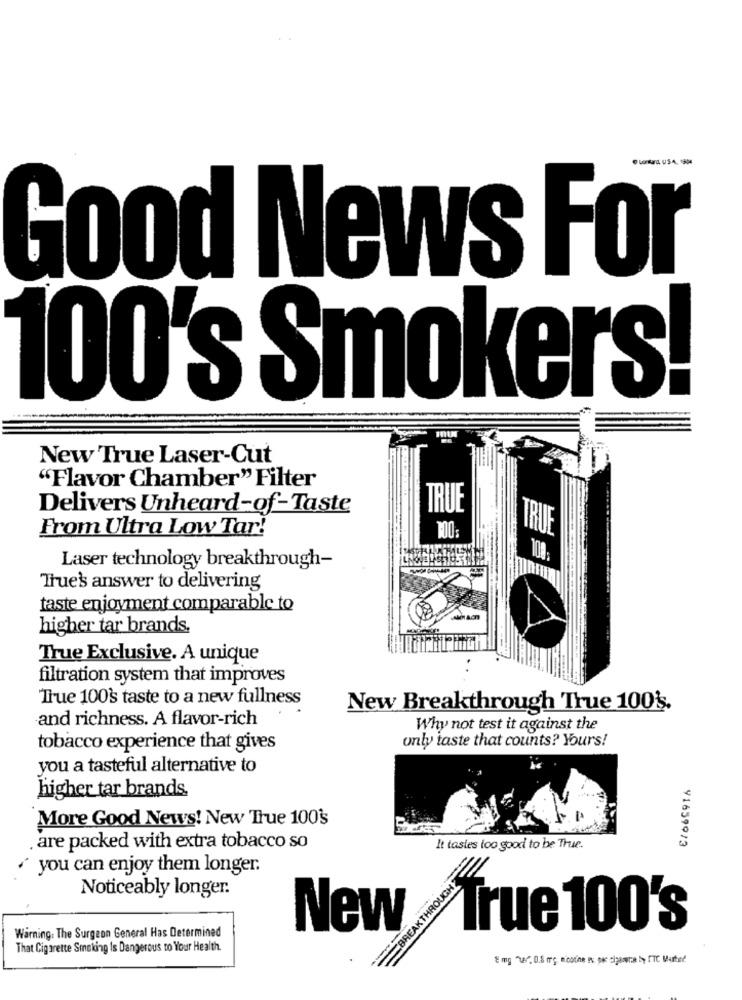
Good News For
100's Smokers!
New True Laser-Cut
"Flavor Chamber" Filter
Delivers Unheard-of-Taste
TRUE
From Ultra Low Tar!
TRUE
Laser technology breakthrough-
True's answer to delivering
taste enjoyment comparable to
higher tar brands.
True Exclusive. A unique
filtration system that improves
True 100's taste to a new fullness
New Breakthrough True 100'.
and richness. A flavor-rich
Why not test it against the
only taste that counts? Yours!
tobacco experience that gives
you a tasteful alternative to
higher tar brands.
More Good News! New 'True 100's
91659973
are packed with extra tobacco so
It tastes too good to be True.
you can enjoy them longer.
BREAKTHROUGHZ
Noticeably longer.
New
True 100's
Warning. The Surgeon General Has Determined
That Cigarette Smoking Is Dangerous to Your Health.
8mg "2" 0.8 mg nicotine I: po cigarra b, ETC Martel